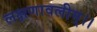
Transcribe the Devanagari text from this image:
लक्षणावलीम्।।